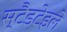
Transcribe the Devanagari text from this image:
स्टैडटेइले